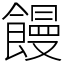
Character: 饅